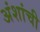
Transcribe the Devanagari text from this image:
अंशांची